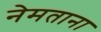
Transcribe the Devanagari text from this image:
नेमताना